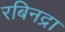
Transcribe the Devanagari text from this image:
रबिनद्रा